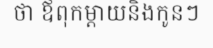
ថា ឪពុកម្តាយនិងកូនៗ